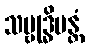
သမ္ဗုဒ္ဓိမန္တံ